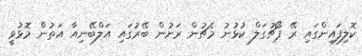
ކޮލިފައިންގައި ރޭ ޕޯޗުގަލް ކުޅުނު މެޗުން ރަށުން ބޭރުގައި އަލްބޭނިއާ އަތުން މޮޅުވީ